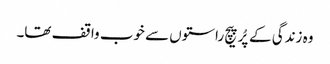
وہ زندگی کے پُرپیچ راستوں سے خوب واقف تھا۔